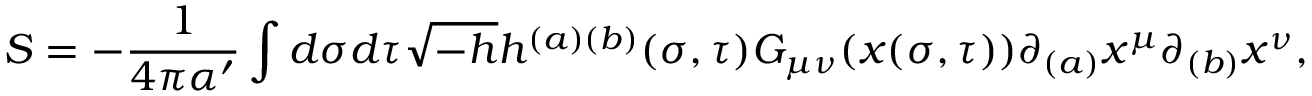
S = - \frac { 1 } { 4 \pi \alpha ^ { \prime } } \int d \sigma d \tau \sqrt { - h } h ^ { ( a ) ( b ) } ( \sigma , \tau ) G _ { \mu \nu } ( x ( \sigma , \tau ) ) \partial _ { ( a ) } x ^ { \mu } \partial _ { ( b ) } x ^ { \nu } ,